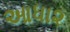
આધા૨